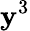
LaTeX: \mathbf{y}^{3}